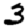
Digit: 3